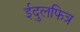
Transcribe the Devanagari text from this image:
ईदुलफित्र